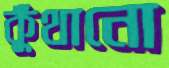
কুঁথানো